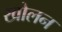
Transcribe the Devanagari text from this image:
खोलन